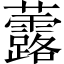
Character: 虂